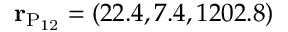
{ \bf r } _ { \mathrm { P _ { 1 2 } } } = ( 2 2 . 4 , 7 . 4 , 1 2 0 2 . 8 )